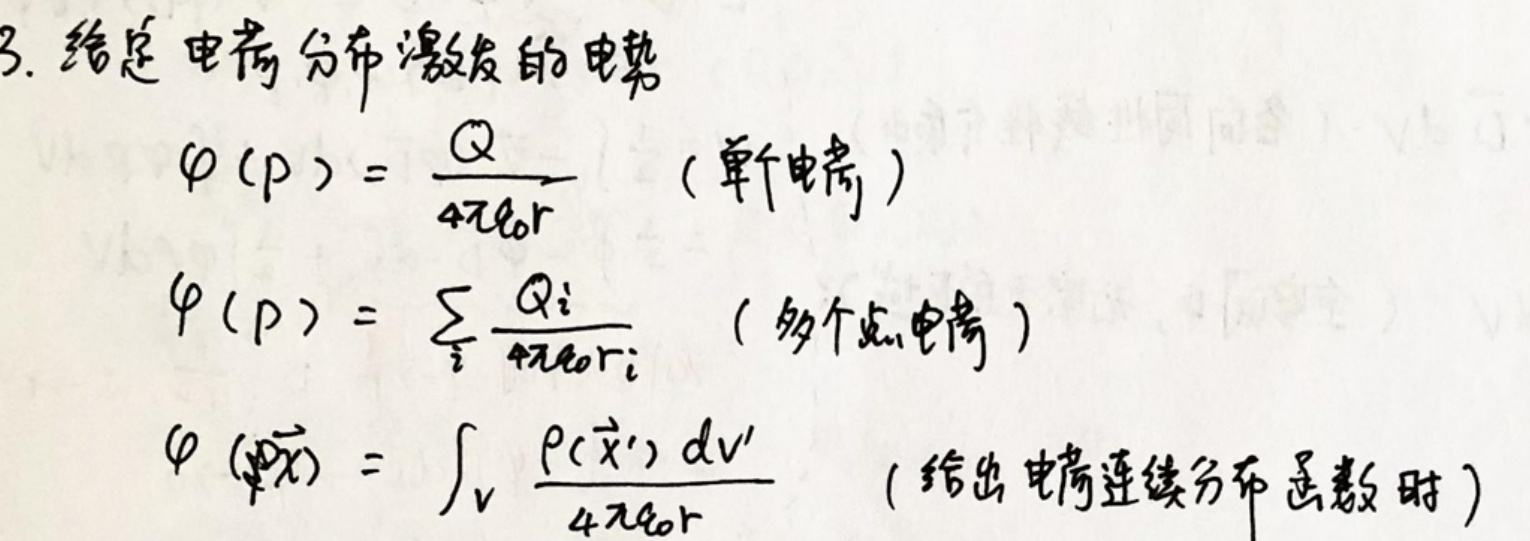
3. 给定电荷分布激发的电势
\[
\varphi(\mathbf{p}) = \frac{Q}{4\pi\epsilon_0 r} \quad (\text{单个电荷})
\]
\[
\varphi(\mathbf{p}) = \sum_{i} \frac{Q_i}{4\pi\epsilon_0 r_i} \quad (\text{多个点电荷})
\]
\[
\varphi(\mathbf{x}) = \int_{V} \frac{\rho(\mathbf{x}') \mathrm{d}V'}{4\pi\epsilon_0 r} \quad (\text{给出电荷连续分布函数时})
\]